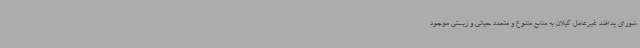
شورای پدافند غیرعامل گیلان به منابع متنوع و متعدد حیاتی و زیستی موجود